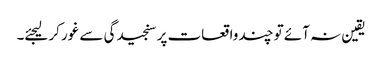
یقین نہ آئے تو چند واقعات پر سنجیدگی سے غور کرلیجئے۔